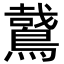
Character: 𪃘